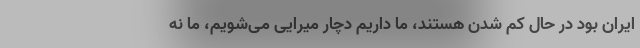
ایران بود در حال کم شدن هستند، ما داریم دچار میرایی می‌شویم، ما نه